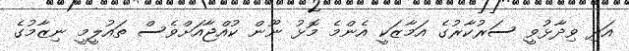
އަދި ވިދާޅުވީ ސަރުކާރުގެ އަމާޒަކީ އެންމެ މޮޅު ނޫން ކުއްޖާއަށްވެސް ތައުލީމީ ނިޒާމުގެ